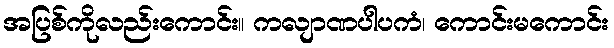
အပြစ်ကိုလည်းကောင်း။ ကလျာဏပါပကံ၊ ကောင်းမကောင်း